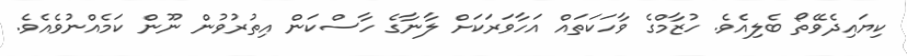
ކިޔައިދެވޭތޯ ބެލިއެވެ. ހުޒާމްގެ ވާހަކަތައް އަހާވަރަކަށް ލާނާގެ ހާސްކަން އިތުރުވުން ނޫން ކަމެއްނުވެއެވެ.